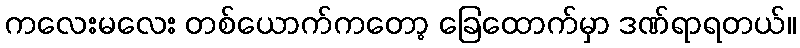
ကလေးမလေး တစ်ယောက်ကတော့ ခြေထောက်မှာ ဒဏ်ရာရတယ်။